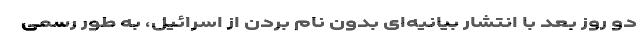
دو روز بعد با انتشار بیانیه‌ای بدون نام بردن از اسرائیل، به طور رسمی